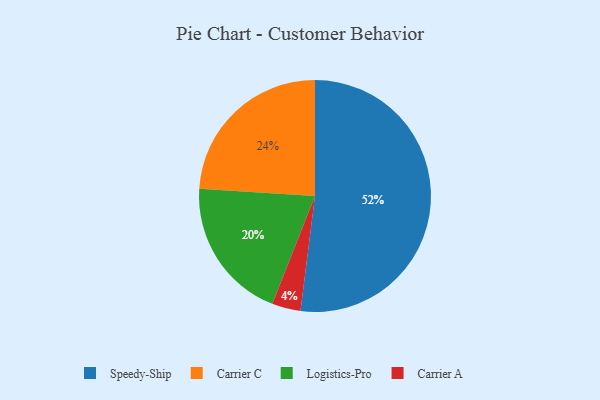
{"axis": {"x": "Category", "y": "Percentage"}, "legend": ["Carrier A", "Carrier C", "Logistics-Pro", "Speedy-Ship"], "data": [{"x": "Speedy-Ship", "y": 52, "type": "Speedy-Ship"}, {"x": "Carrier A", "y": 4, "type": "Carrier A"}, {"x": "Carrier C", "y": 24, "type": "Carrier C"}, {"x": "Logistics-Pro", "y": 20, "type": "Logistics-Pro"}]}